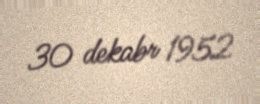
30 dekabr 1952